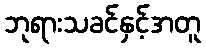
ဘုရားသခင်နှင့်အတူ